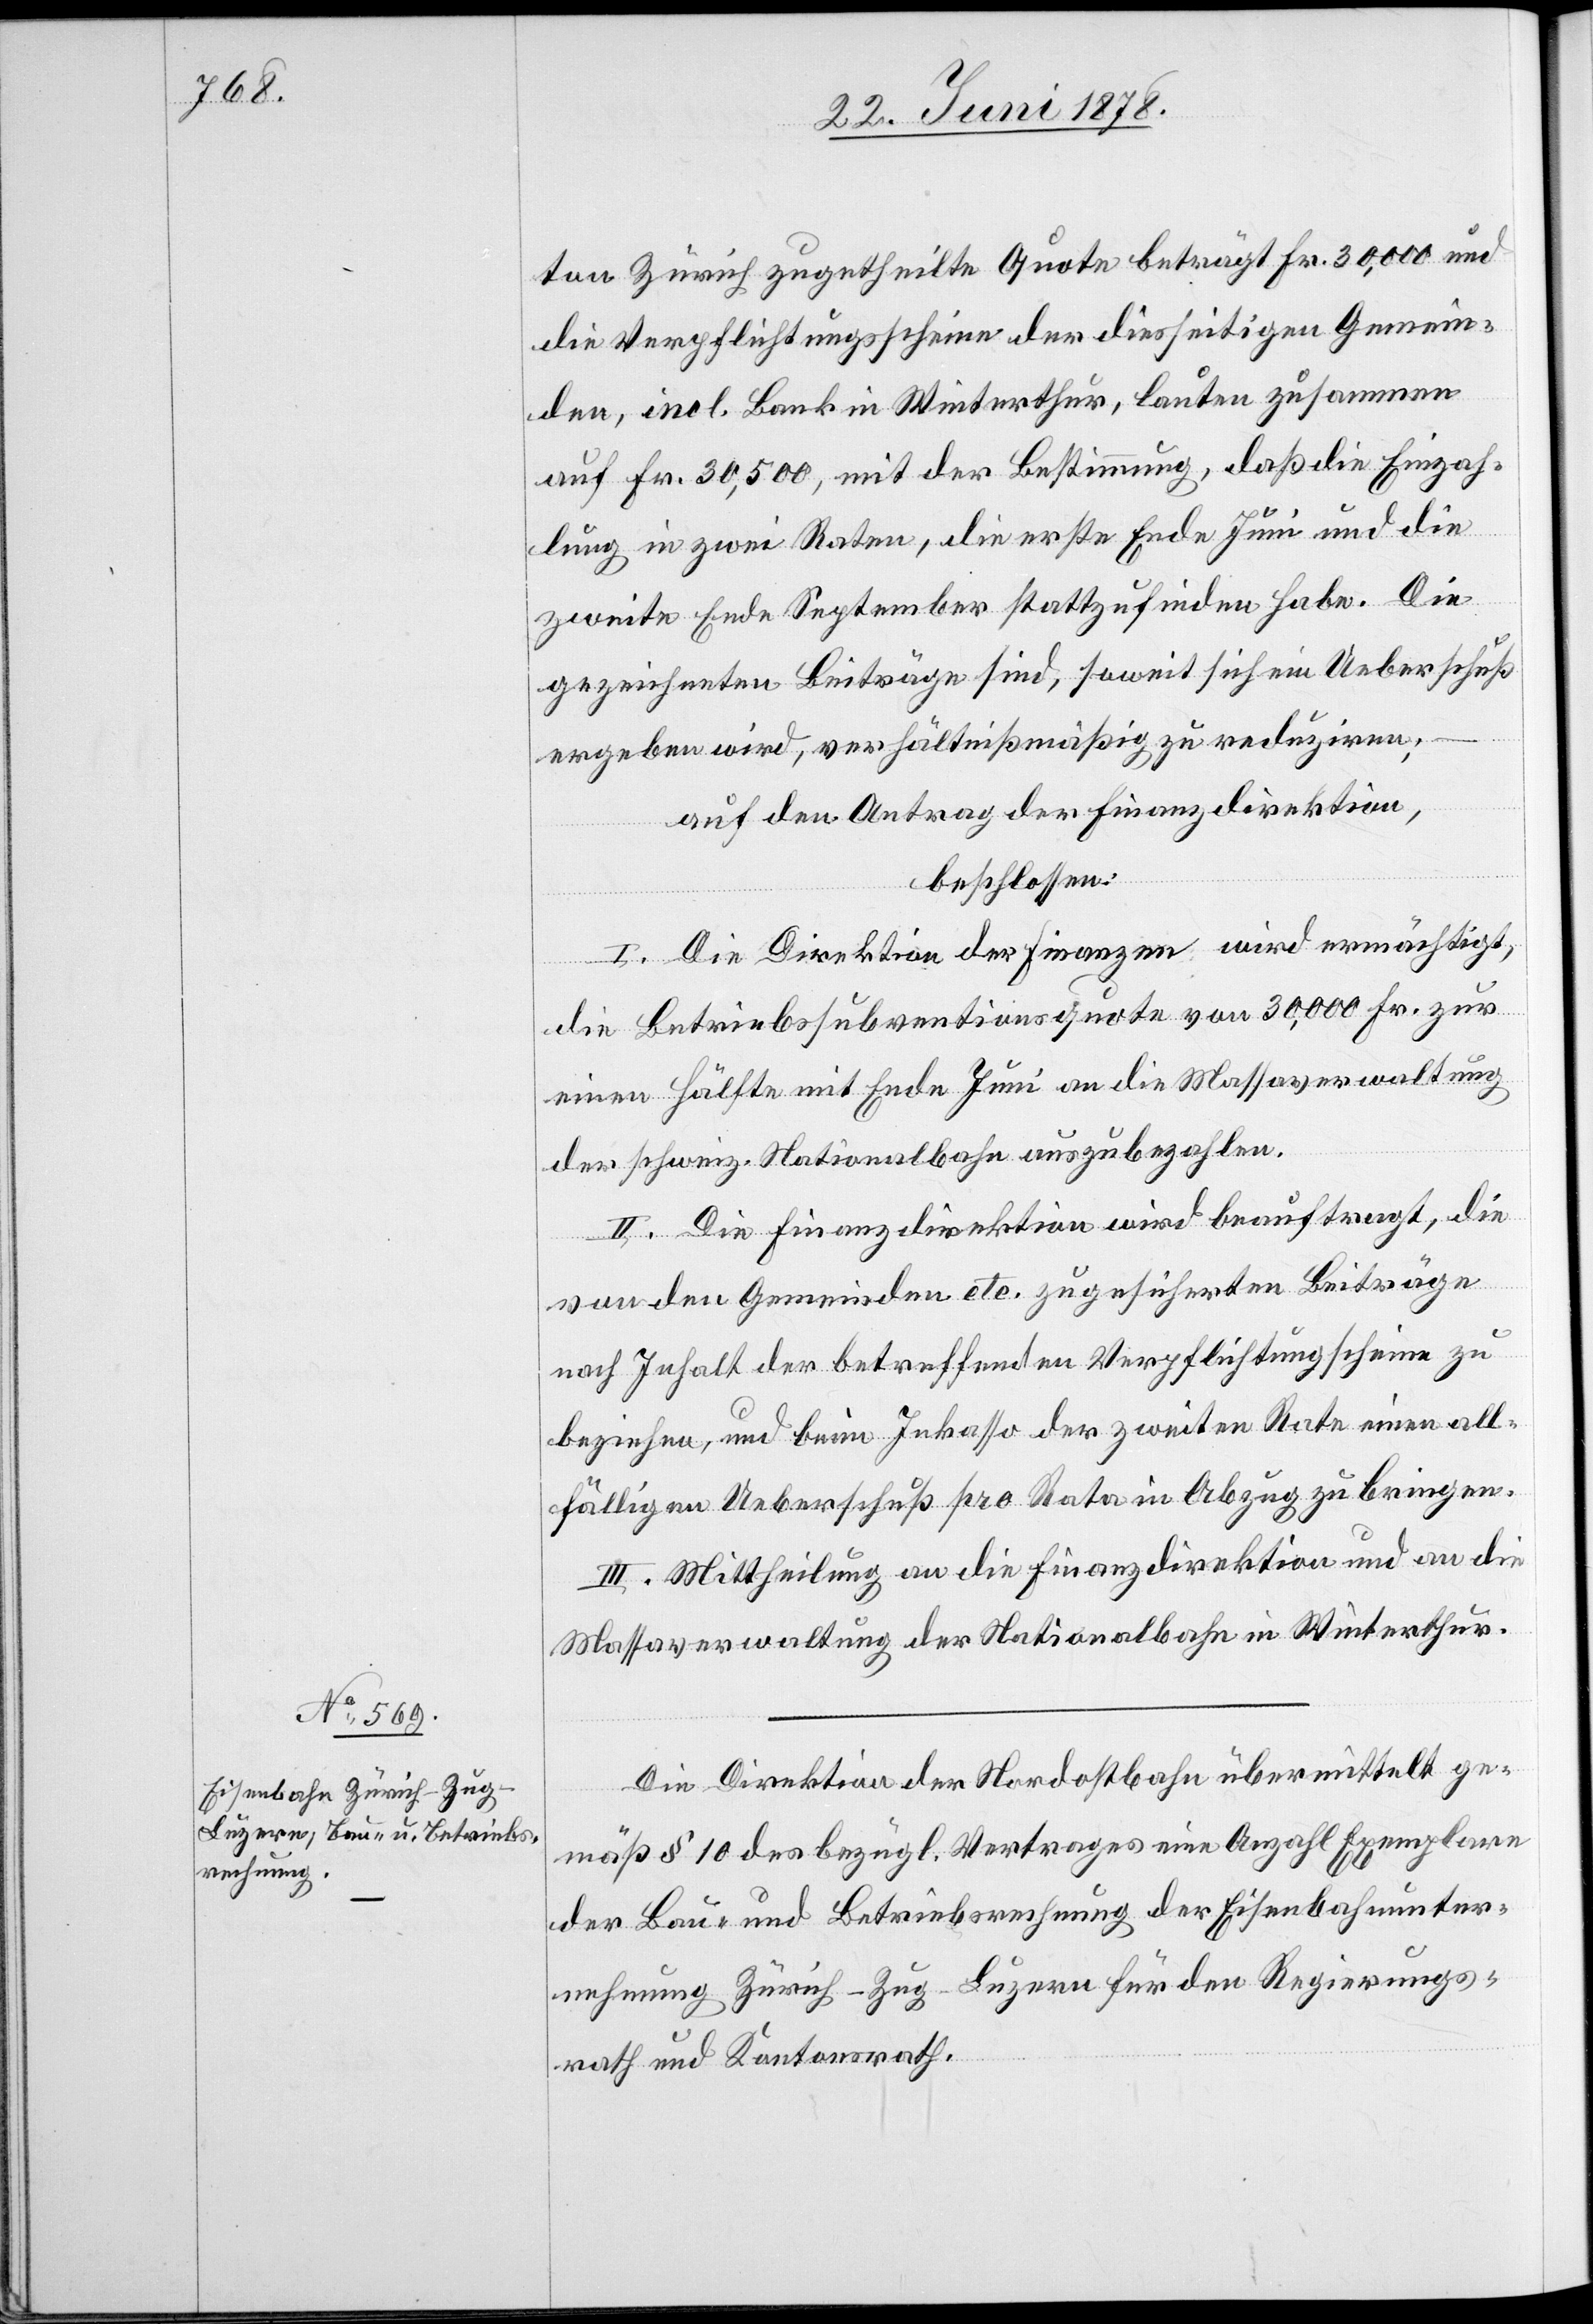
ton Zürich zugetheilte Quote beträgt Fr. 30,000 und
die Verpflichtungsscheine der diesseitigen Gemein¬
den, incl. Bank in Winterthur, lauten zusammen
auf Fr. 30,500, mit der Bestimmung, daß die Einzah¬
lung in zwei Raten, die erste Ende Juni und die
zweite Ende September stattzufinden habe. Die
gezeichneten Beiträge sind, soweit sich ein Ueberschuß
ergeben wird, verhältnißmäßig zu reduziren;
auf den Antrag der Finanzdirektion,
beschlossen:
I. Die Direktion der Finanzen wird ermächtigt,
die Betriebssubventionsquote von 30,000 Fr. zur
einen Hälfte mit Ende Juni an die Massaverwaltung
der schweiz. Nationalbahn auszubezahlen.
II. Die Finanzdirektion wird beauftragt, die
von den Gemeinden etc. zugesicherten Beiträge
nach Inhalt der betreffenden Verpflichtung[s]scheine zu
beziehen, und beim Inkasso der zweiten Rate einen all¬
fälligen Ueberschuß pro Rata in Abzug zu bringen.
III. Mittheilung an die Finanzdirektion und an die
Massaverwaltung der Nationalbahn in Winterthur.
Die Direktion der Nordostbahn übermittelt ge¬
mäß § 10 des bezügl. Vertrages eine Anzahl Exemplare
der Bau- und Betriebsrechnung der Eisenbahnunter¬
nehmung Zürich–Zug–Luzern für den Regierungs¬
rath und Kantonsrath.